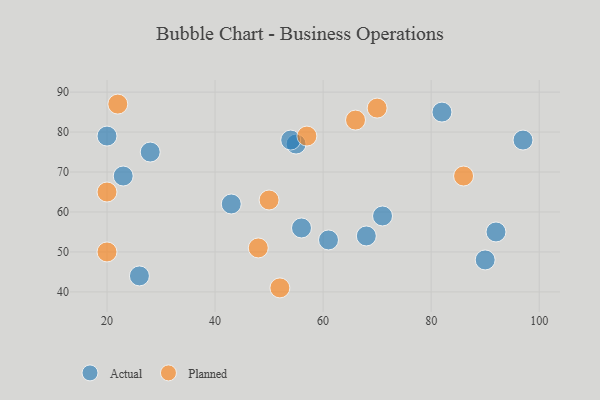
{"axis": {"x": "GDP", "y": "Life Expectancy"}, "legend": ["Actual", "Planned"], "data": [{"x": "68", "y": 54, "type": "Actual"}, {"x": "56", "y": 56, "type": "Actual"}, {"x": "92", "y": 55, "type": "Actual"}, {"x": "28", "y": 75, "type": "Actual"}, {"x": "82", "y": 85, "type": "Actual"}, {"x": "43", "y": 62, "type": "Actual"}, {"x": "23", "y": 69, "type": "Actual"}, {"x": "26", "y": 44, "type": "Actual"}, {"x": "20", "y": 79, "type": "Actual"}, {"x": "55", "y": 77, "type": "Actual"}, {"x": "54", "y": 78, "type": "Actual"}, {"x": "61", "y": 53, "type": "Actual"}, {"x": "71", "y": 59, "type": "Actual"}, {"x": "90", "y": 48, "type": "Actual"}, {"x": "97", "y": 78, "type": "Actual"}, {"x": "57", "y": 79, "type": "Planned"}, {"x": "52", "y": 41, "type": "Planned"}, {"x": "48", "y": 51, "type": "Planned"}, {"x": "66", "y": 83, "type": "Planned"}, {"x": "70", "y": 86, "type": "Planned"}, {"x": "20", "y": 65, "type": "Planned"}, {"x": "86", "y": 69, "type": "Planned"}, {"x": "22", "y": 87, "type": "Planned"}, {"x": "20", "y": 50, "type": "Planned"}, {"x": "50", "y": 63, "type": "Planned"}]}